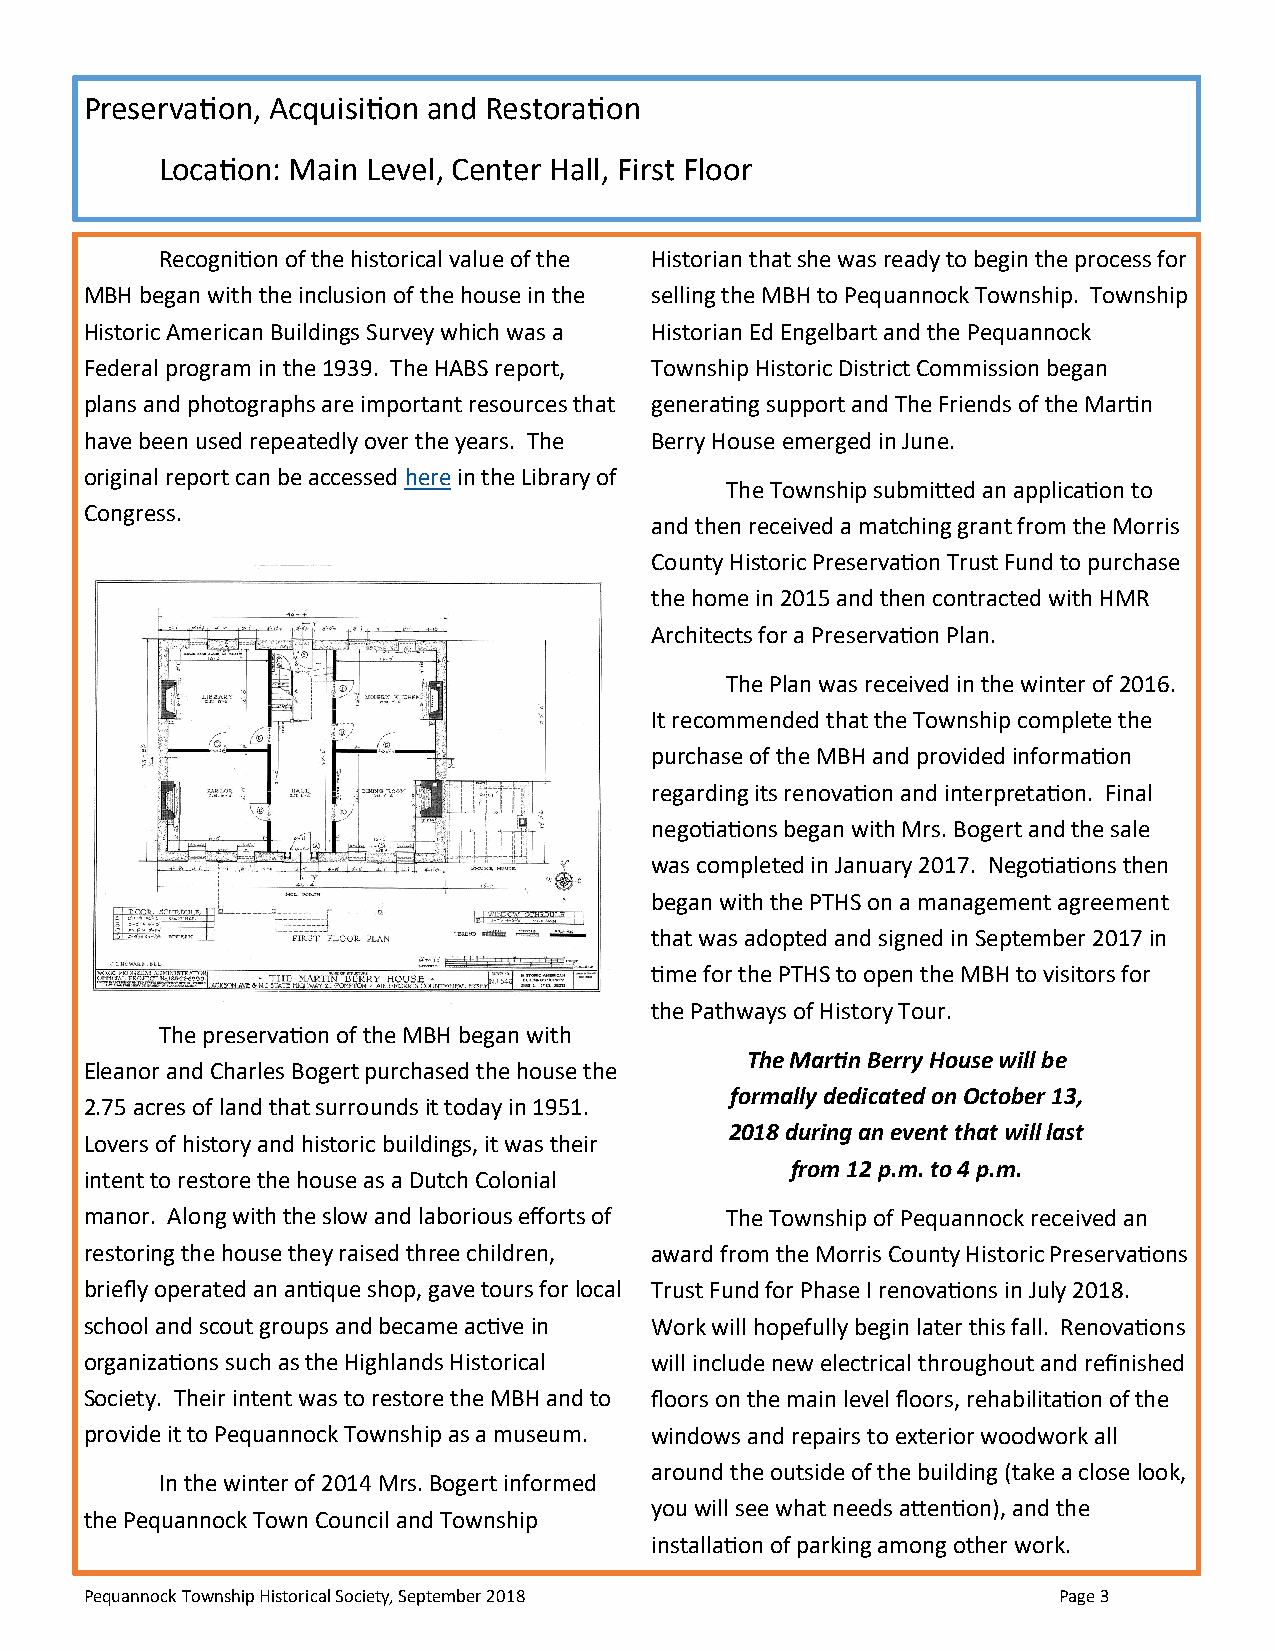
Preservation, Acquisition and Restoration
 Location: Main Level, Center Hall, First Floor
 Recognition of the historical value of the Historian that she was ready to begin the process for
 MBH began with the inclusion of the house in the selling the MBH to Pequannock Township. Township
 Historic American Buildings Survey which was a Historian Ed Engelbart and the Pequannock
 Federal program in the 1939. The HABS report, Township Historic District Commission began
 plans and photographs are important resources that generating support and The Friends of the Martin
 have been used repeatedly over the years. The Berry House emerged in June.
 original report can be accessed here in the Library of
 The Township submitted an application to
 Congress.
 and then received a matching grant from the Morris
 County Historic Preservation Trust Fund to purchase
 the home in 2015 and then contracted with HMR
 Architects for a Preservation Plan.
 The Plan was received in the winter of 2016.
 It recommended that the Township complete the
 purchase of the MBH and provided information
 regarding its renovation and interpretation. Final
 negotiations began with Mrs. Bogert and the sale
 was completed in January 2017. Negotiations then
 began with the PTHS on a management agreement
 that was adopted and signed in September 2017 in
 time for the PTHS to open the MBH to visitors for
 the Pathways of History Tour.
 The preservation of the MBH began with
 The Martin Berry House will be
 Eleanor and Charles Bogert purchased the house the
 formally dedicated on October 13,
 2.75 acres of land that surrounds it today in 1951.
 2018 during an event that will last
 Lovers of history and historic buildings, it was their
 from 12 p.m. to 4 p.m.
 intent to restore the house as a Dutch Colonial
 manor. Along with the slow and laborious efforts of The Township of Pequannock received an
 restoring the house they raised three children, award from the Morris County Historic Preservations
 briefly operated an antique shop, gave tours for local Trust Fund for Phase I renovations in July 2018.
 school and scout groups and became active in Work will hopefully begin later this fall. Renovations
 organizations such as the Highlands Historical will include new electrical throughout and refinished
 Society. Their intent was to restore the MBH and to floors on the main level floors, rehabilitation of the
 provide it to Pequannock Township as a museum. windows and repairs to exterior woodwork all
 around the outside of the building (take a close look,
 In the winter of 2014 Mrs. Bogert informed
 you will see what needs attention), and the
 the Pequannock Town Council and Township
 installation of parking among other work.
 Pequannock Township Historical Society, September 2018          Page 3